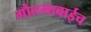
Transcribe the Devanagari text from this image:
गौतमाबाईच